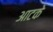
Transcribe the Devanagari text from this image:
आटके